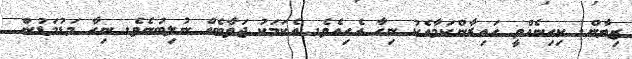
ޒިޔާން. ކިހިނެއްވީ ހައިރާންކަމާއެކު ނިހާ އެހިއެވެ. އެކަމަކު ޖަވާބެއް ނުލިބުނެވެ. ނިހާ މަޑުމަޑުން